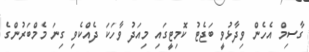
ގާސިމް އެހެން ވިދާޅުވީ ބަޖެޓު ކޮމިޓީގައި މިއަދު ވާހަކަ ދެއްކެވި ގިނަ މެމްބަރުންގެ